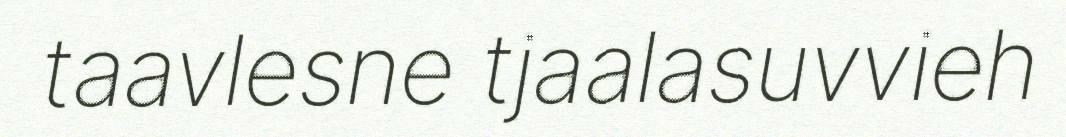
taavlesne tjaalasuvvieh